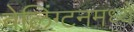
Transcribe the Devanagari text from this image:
वेलिंग्टनमध्ये